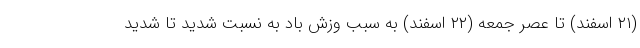
(۲۱ اسفند) تا عصر جمعه (۲۲ اسفند) به سبب وزش باد به نسبت شدید تا شدید